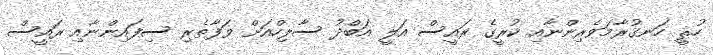
ހުޘީ ހަނގުރާމަވެރިންނާއި ކުރީގެ ރައީސް އަލީ އަބްދު ސާލިހްއަށް ވަފާތެރި ސިފައިންނާއި ރައީސް